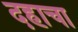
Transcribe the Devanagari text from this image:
दहाचा